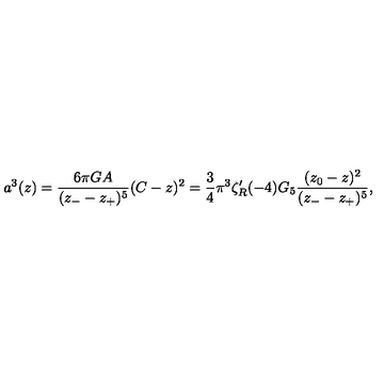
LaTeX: a ^ { 3 } ( z ) = { \frac { 6 \pi G A } { ( z _ { - } - z _ { + } ) ^ { 5 } } } ( C - z ) ^ { 2 } = { { \frac { 3 } { 4 } } \pi ^ { 3 } \zeta _ { R } ^ { \prime } ( - 4 ) G _ { 5 } } { \frac { ( z _ { 0 } - z ) ^ { 2 } } { ( z _ { - } - z _ { + } ) ^ { 5 } } } ,